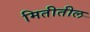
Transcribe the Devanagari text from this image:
मितीतील